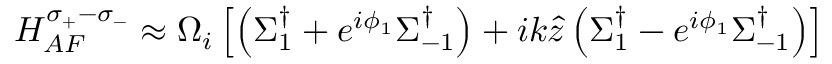
H _ { A F } ^ { \sigma _ { + } - \sigma _ { - } } \approx \Omega _ { i } \left[ \left( \Sigma _ { 1 } ^ { \dag } + e ^ { i \phi _ { 1 } } \Sigma _ { - 1 } ^ { \dag } \right) + i k \hat { z } \left( \Sigma _ { 1 } ^ { \dag } - e ^ { i \phi _ { 1 } } \Sigma _ { - 1 } ^ { \dag } \right) \right]